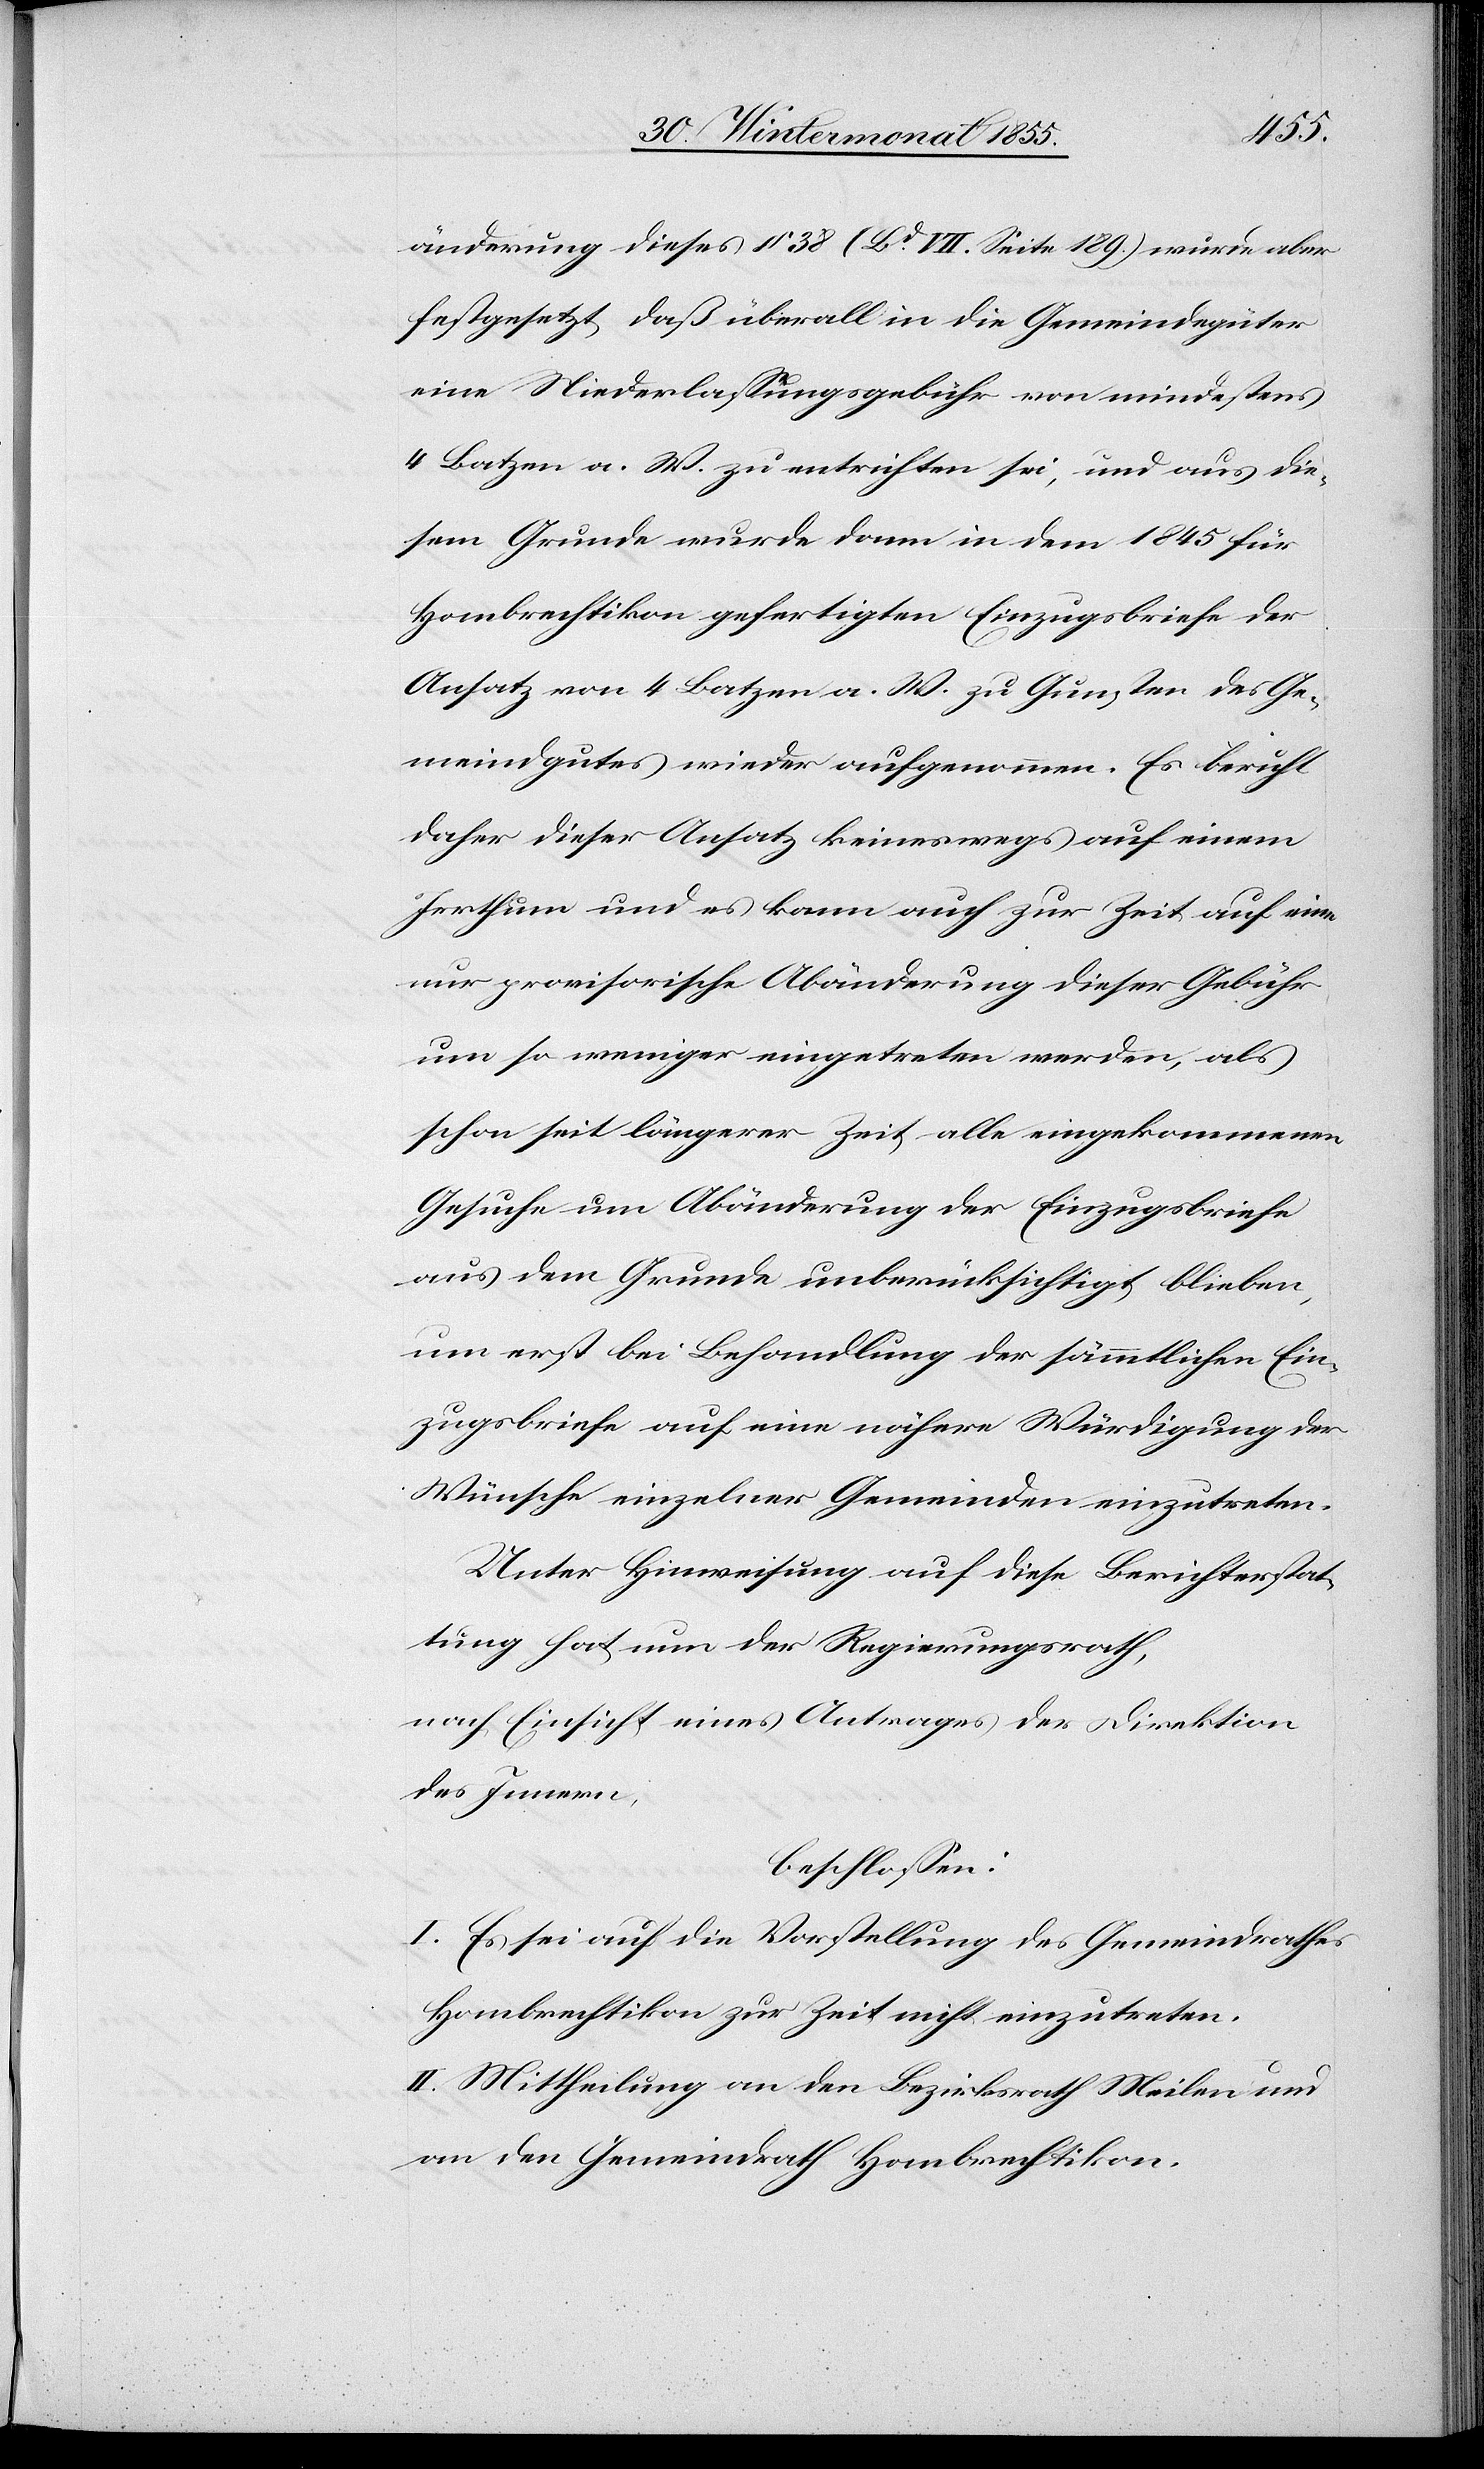
änderung dieses § 38 (Bd. VII. Seite 189.) wurde aber
festgesetzt, daß überall in die Gemeindegüter
eine Niederlassungsgebühr von mindestens
4 Batzen a. W. zu entrichten sei, und aus die¬
sem Grunde wurde dann in dem 1845 für
Hombrechtikon gefertigten Einzugsbriefe der
Ansatz von 4 Batzen a. W. zu Gunsten des Ge¬
meindgutes wieder aufgenommen. Es beruht
daher dieser Ansatz keineswegs auf einem
Irrthum und es kann auch zur Zeit auf eine
nur provisorische Abänderung dieser Gebühr
um so weniger eingetreten werden, als
schon seit längerer Zeit alle eingekommenen
Gesuche um Abänderung der Einzugsbriefe
aus dem Grunde unberücksichtigt blieben,
um erst bei Behandlung der sämmtlichen Ein¬
zugsbriefe auf eine nähere Würdigung der
Wünsche einzelner Gemeinden einzutreten.
Unter Hinweisung auf diese Berichterstat¬
tung hat nun der Regierungsrath,
nach Einsicht eines Antrages der Direktion
des Innern,
beschlossen:
I. Es sei auf die Vorstellung des Gemeindrathes
Hombrechtikon zur Zeit nicht einzutreten.
II. Mittheilung an den Bezirksrath Meilen und
an den Gemeindrath Hombrechtikon.